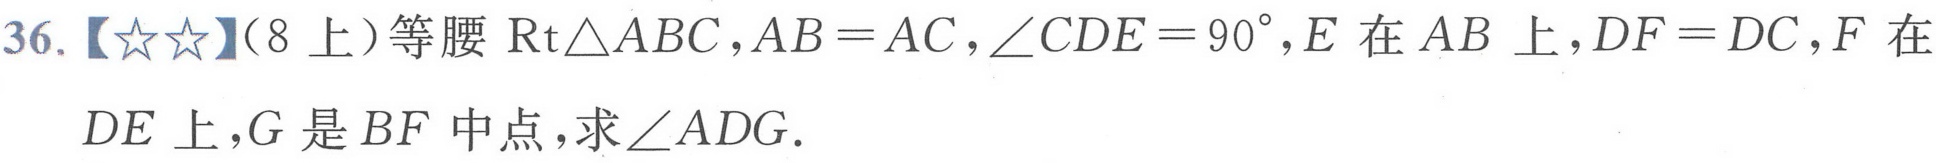
36.【★★】（8上）等腰\(\text{Rt}\triangle ABC\)，\(AB = AC\)，\(\angle CDE = 90^{\circ}\)，\(E\)在\(AB\)上，\(DF = DC\)，\(F\)在 \(DE\)上，\(G\)是\(BF\)中点，求\(\angle ADG\).